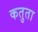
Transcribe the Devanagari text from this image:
कतुता